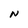
Character: N